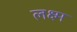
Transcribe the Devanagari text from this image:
लक्ष्म